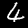
Digit: 4